Civil Veterinary Department. Madras. Admin. report 1926-33 - 1926-1933
Year: 1926
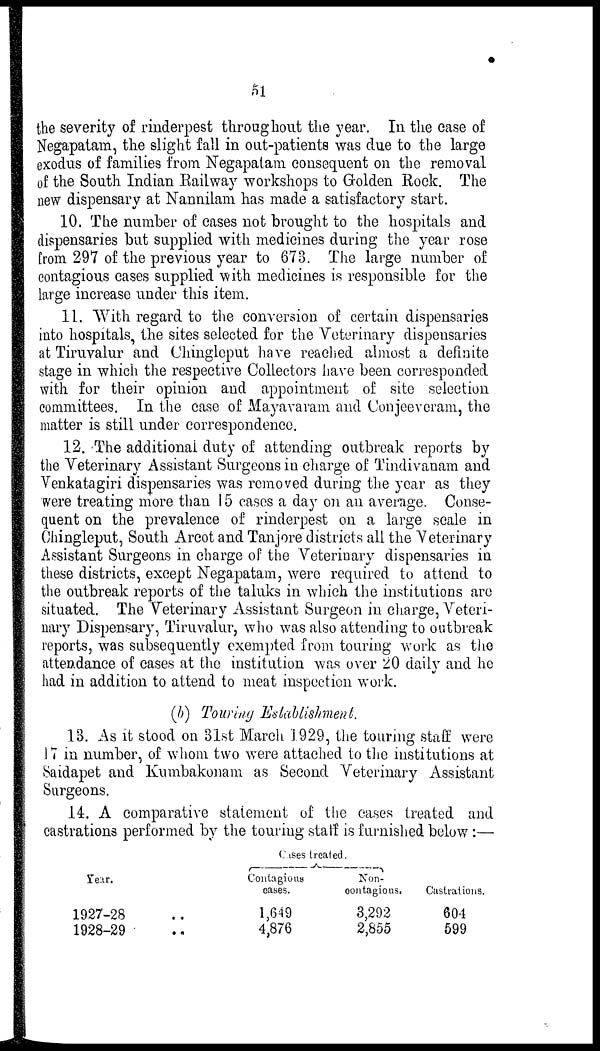
51
the severity of rinderpest throug hout the year. In the ease of
Negapatam, the slight fall in out-patients was clue to the large
exodus of families from Negapatam consequent on the removal
of the South Indian Railway workshops to Golden Rock. The
new dispensary at Nannilam has made a satisfactory start.
10. The number of cases not brought to the hospitals and
dispensaries but supplied with medicines during the year rose
from 297 of the previous year to 673. The large number of
contagious cases supplied with medicines is responsible for the
large increase under this item.
11. With regard to the conversion of certain dispensaries
into hospitals, the sites selected for the Veterinary dispensaries
at Tiruvalur and Chingleput have reached almost a definite
stage in which the respective Collectors have been corresponded
with for their opinion and appointment of site selection
committees. In the case of Mayavaram and Conjeeveram, the
matter is still under correspondence.
12. The additional duty of attending outbreak reports by
the Veterinary Assistant Surgeons in charge of Tindivanam and
Venkatagiri dispensaries was removed during the year as they
were treating more than 15 cases a day on an average. Conse-
quent on the prevalence of rinderpest on a large scale in
Chingleput, South Arcot and Tanjore districts all the Veterinary
Assistant Surgeons in charge of the Veterinary dispensaries in
these districts, except Negapatam, were required to attend to
the outbreak reports of the taluks in which the institutions are
situated. The Veterinary Assistant Surgeon in charge, Veteri-
nary Dispensary, Tiruvalur, who was also attending to outbreak
reports, was subsequently exempted from touring work as the
attendance of cases at the institution was over 20 daily and he
had in addition to attend to meat inspection work.
(b) Touring Establishment.
13. As it stood on 31st March 1929, the touring staff were
17 in number, of whom two were attached to the institutions at
Saidapet and Kumbakonam as Second Veterinary Assistant
Surgeons.
14. A comparative statement of the cases treated and
castrations performed by the touring staff is furnished below:—
Year.
1927-28
1928-29
Cases treated.
Contagious
cases.
1,649
4,876
Non-
contagious.
3,292
2,855
Castrations.
604
599